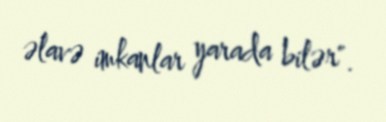
əlavə imkanlar yarada bilər".